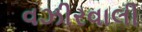
વઝીરવાલી